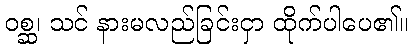
ဝစ္ဆ၊ သင် နားမလည်ခြင်းငှာ ထိုက်ပါပေ၏။